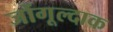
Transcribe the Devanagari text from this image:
जोंगूल्दाक